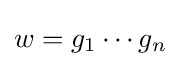
w=g_{1}\cdots g_{n}